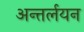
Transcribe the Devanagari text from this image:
अन्तर्लयन